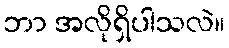
ဘာ အလိုရှိပါသလဲ။